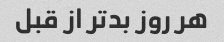
هر روز بدتر از قبل